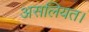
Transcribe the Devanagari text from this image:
असलियत।